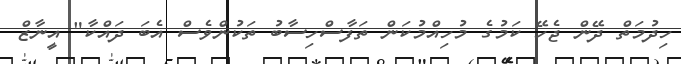
ހިދުމަތް ދޭން ޖެހޭ ކަމުގެ މުހިއްމުކަން ތަފާސްހިސާބު ތަކުންވެސް އެބަ ދައްކާ" އީނާޒް